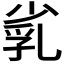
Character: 𡮑